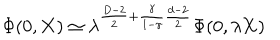
\Phi ( 0 , { \bf X } ) \simeq \lambda ^ { \frac { D - 2 } { 2 } + \frac { \gamma } { 1 - \gamma } \frac { d - 2 } { 2 } } \Phi ( 0 , \lambda { \bf X } )